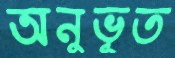
অনুভূত